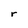
Character: r